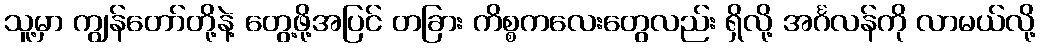
သူ့မှာ ကျွန်တော်တို့နဲ့ တွေ့ဖို့အပြင် တခြား ကိစ္စကလေးတွေလည်း ရှိလို့ အင်္ဂလန်ကို လာမယ်လို့